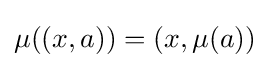
\mu ((x,a))=(x,\mu (a))